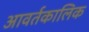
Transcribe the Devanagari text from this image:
आवर्तकालिक